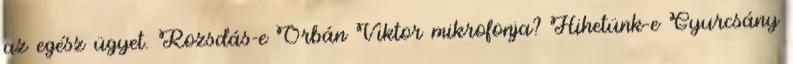
az egész ügyet. Rozsdás-e Orbán Viktor mikrofonja? Hihetünk-e Gyurcsány